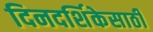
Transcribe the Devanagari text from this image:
दिनदर्शिकेसाठी